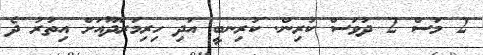
2 މަސް 2 ދުވަސް ކުރިން. ކުރިނބީ އަދި ހިރިމަރަދޫއަށް އިތުރު ދެ